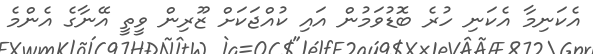
އެކަނިމާ އެކަނި ހުރެ ބޮޑުވަމުން އައި ކުއްޖަކަށް ޒޫރިން ވީތީ އޭނާގެ އެންމެ